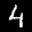
Label: 4